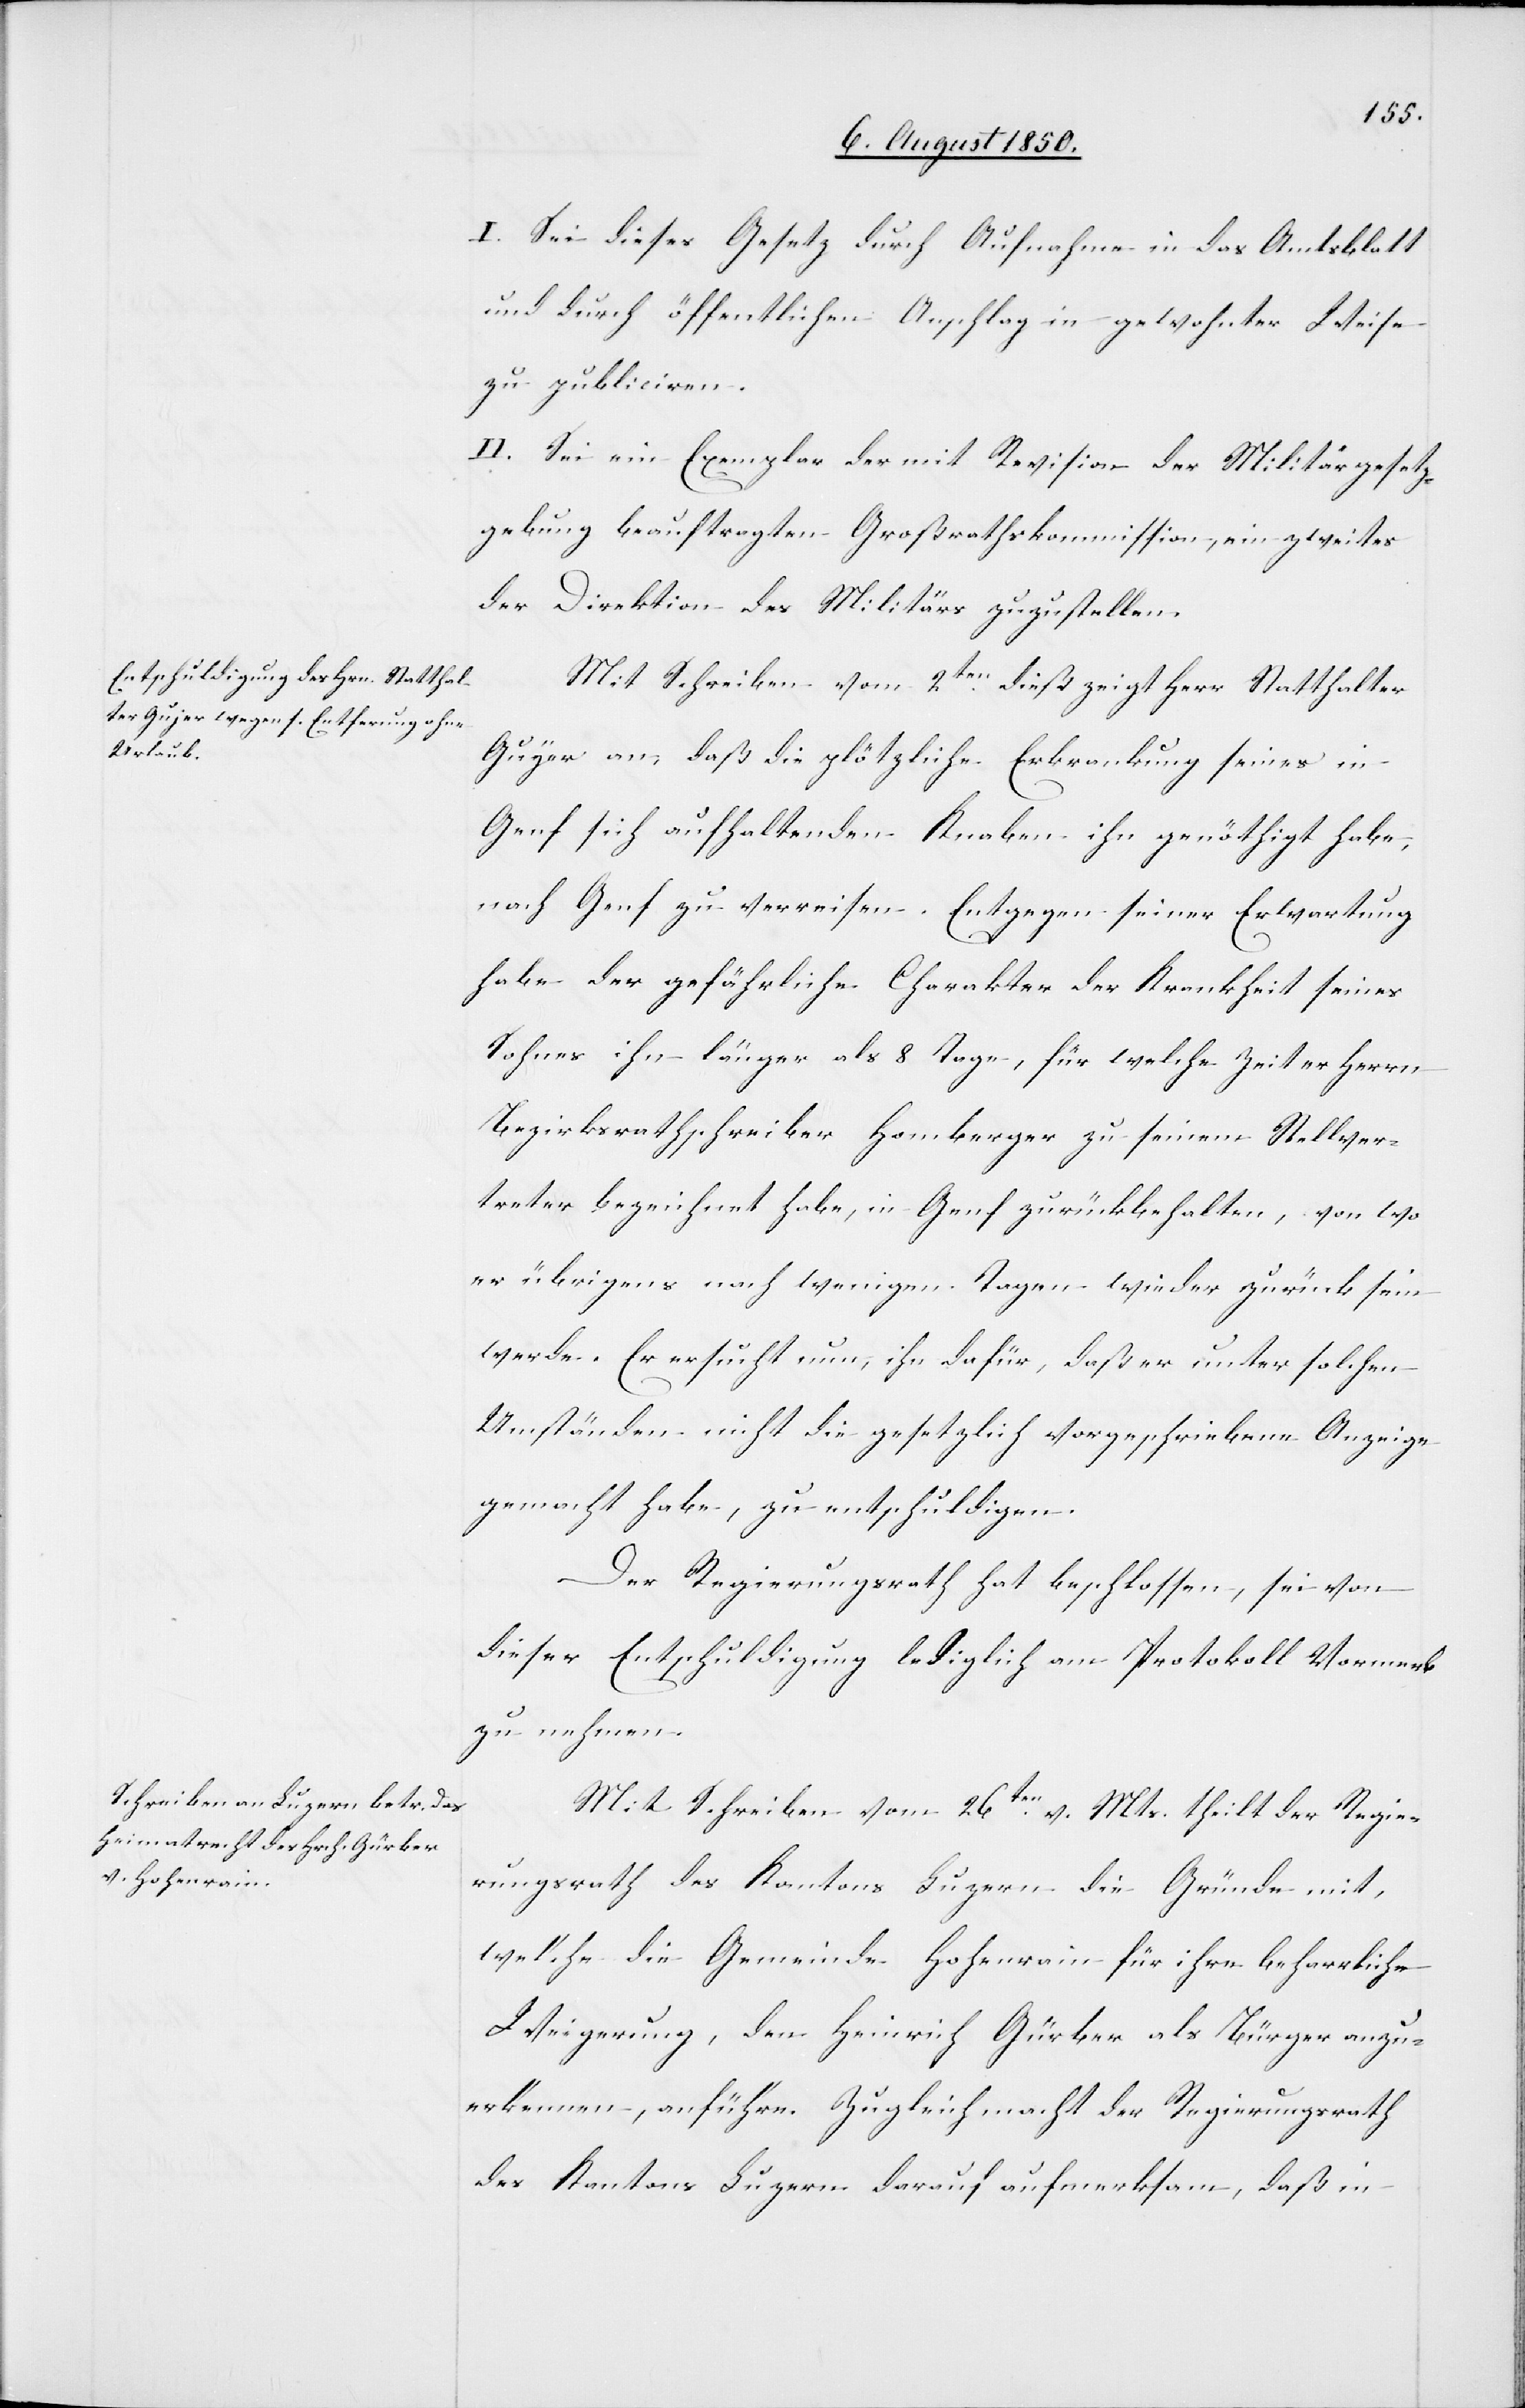
I. Sei dieses Gesetz durch Aufnahme in das Amtsblatt
und durch öffentlichen Anschlag in gewohnter Weise
zu publiciren.
II. Sei ein Exemplar der mit Revision der Militärgesetz¬
gebung beauftragten Großrathskommission, ein zweites
der Direktion des Militärs zuzustellen.
Mit Schreiben vom 2ten dieß zeigt Herr Statthalter
Gujer an, daß die plötzliche Erkrankung seines in
Genf sich aufhaltenden Knaben ihn genöthigt habe,
nach Genf zu verreisen. Entgegen seiner Erwartung
habe der gefährliche Charakter der Krankheit seines
Sohnes ihn länger als 8 Tage, für welche Zeit er Herrn
Bezirksrathschreiber Homberger zu seinem Stellver¬
treter bezeichnet habe, in Genf zurückbehalten, von wo
er übrigens nach wenigen Tagen wieder zurücksein
werde. Er ersucht nun, ihn dafür, daß er unter solchen
Umständen nicht die gesetzlich vorgeschriebene Anzeige
gemacht habe, zu entschuldigen.
Der Regierungsrath hat beschlossen, sei von
dieser Entschuldigung lediglich am Protokoll Vormerk
zu nehmen.
Mit Schreiben vom 26ten v. Mts. theilt der Regie¬
rungsrath des Kantons Luzern die Gründe mit,
welche die Gemeinde Hohenrain für ihre beharrliche
Weigerung, den Heinrich Gürber als Bürger anzu¬
erkennen, anführe. Zugleich macht der Regierungsrath
des Kantons Luzern darauf aufmerksam, daß in